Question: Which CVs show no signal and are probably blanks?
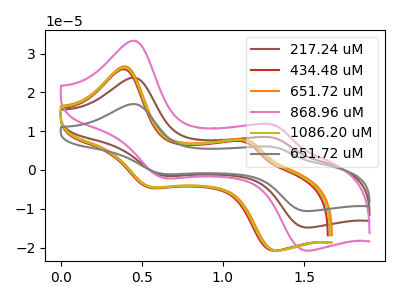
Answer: <think>The brown curve "217.24 uM" has anodic peaks at (0.45V, 23.70uA) (1.30V, 8.20uA) and cathodic peaks at (0.65V, -1.50uA) (1.50V, -14.85uA). The red curve "434.48 uM" has anodic peaks at (0.40V, 25.90uA) (1.15V, 7.15uA) and cathodic peaks at (0.55V, -4.60uA) (1.30V, -20.80uA). The orange curve "651.72 uM" has anodic peaks at (0.40V, 26.65uA) (1.15V, 7.55uA) and cathodic peaks at (0.55V, -4.35uA) (1.35V, -20.80uA). The pink curve "868.96 uM" has anodic peaks at (0.45V, 33.25uA) (1.30V, 11.50uA) and cathodic peaks at (0.65V, -2.05uA) (1.50V, -20.75uA). The olive curve "1086.20 uM" has anodic peaks at (0.40V, 26.30uA) (1.15V, 7.35uA) and cathodic peaks at (0.55V, -4.50uA) (1.30V, -20.80uA). The gray curve "651.72 uM" has anodic peaks at (0.45V, 47.45uA) (1.30V, 16.45uA) and cathodic peaks at (0.65V, -2.95uA) (1.50V, -29.65uA).</think>
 <answer>There are not any CV's on this graph that are likely to be blanks.</answer>
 <eval>none</eval>